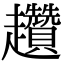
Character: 趲